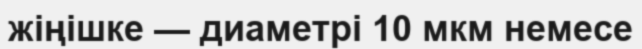
жіңішке — диаметрі 10 мкм немесе